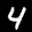
Label: 4